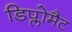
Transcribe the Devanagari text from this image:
डिप्लोमैट